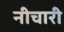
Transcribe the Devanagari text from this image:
नीचारी